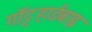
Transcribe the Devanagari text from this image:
गॉट्टहार्डबाह्न